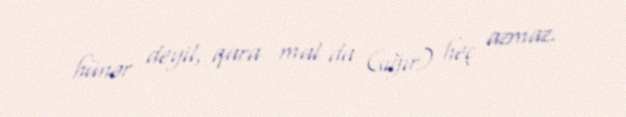
hünər deyil, qara mal da (sığır) heç azmaz.